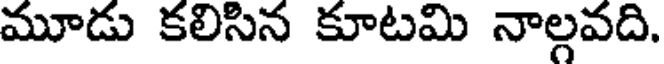
మూడు కలిసిన కూటమి నాల్గవది.